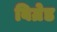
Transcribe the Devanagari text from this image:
बिग्रेड